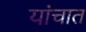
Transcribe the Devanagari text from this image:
यांचात